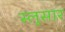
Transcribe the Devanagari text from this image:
स्लुसार